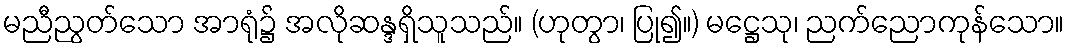
မညီညွတ်သော အာရုံ၌ အလိုဆန္ဒရှိသူသည်။ (ဟုတွာ၊ ပြု၍။) မဋ္ဌေသု၊ ညက်ညောကုန်သော။